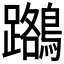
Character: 𪆽